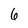
Character: 6